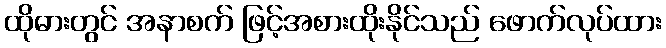
ထိုဓားတွင် အနာစက် ဖြင့်အစားထိုးနိုင်သည် ဖောက်လုပ်ထား